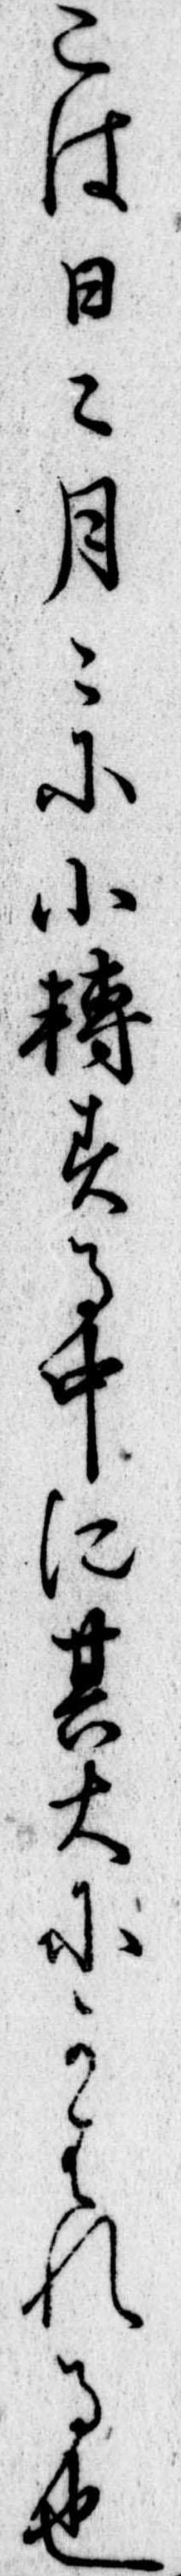
こは日月に小転する中に其大にかはれる也